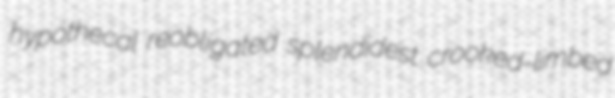
hypothecal reobligated splendidest crooked-limbed